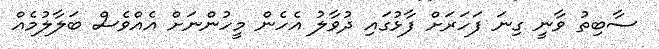
ސާބިތު ވާނީ ގިނަ ފަހަރަށް ފާޅުގައި ދުވާލު އެހެން މީހުންނަށް އެއްވެސް ބަލާލުމެއް